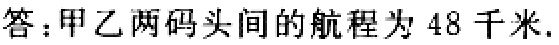
答：甲乙两码头间的航程为 48 千米.